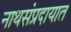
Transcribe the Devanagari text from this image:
नाथसंप्रदायात